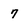
Character: 7